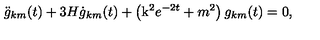
\ddot { g } _ { k m } ( t ) + 3 H \dot { g } _ { k m } ( t ) + \left( \mathrm { \boldmath k } ^ { 2 } e ^ { - 2 t } + m ^ { 2 } \right) g _ { k m } ( t ) = 0 ,